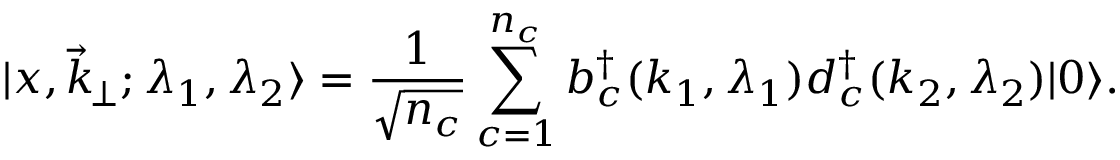
\vert x , \vec { k } _ { \! \perp } ; \lambda _ { 1 } , \lambda _ { 2 } \rangle = { \frac { 1 } { \sqrt { n _ { c } } } } \sum _ { c = 1 } ^ { n _ { c } } b _ { c } ^ { \dagger } ( k _ { 1 } , \lambda _ { 1 } ) d _ { c } ^ { \dagger } ( k _ { 2 } , \lambda _ { 2 } ) \vert 0 \rangle .